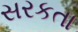
સરકતા